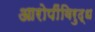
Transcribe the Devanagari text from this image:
आरोपींविरुद्ध